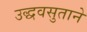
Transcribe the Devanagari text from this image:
उद्धवसुताने